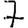
Digit: 7